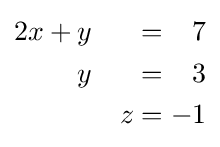
{\begin{alignedat}{4}2x&{}+{}&y&\quad &&{}={}&7&\\&&y&\quad &&{}={}&3&\\&&&\quad &z&{}={}&-1&\end{alignedat}}